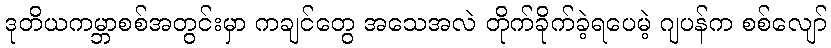
ဒုတိယကမ္ဘာစစ်အတွင်းမှာ ကချင်တွေ အသေအလဲ တိုက်ခိုက်ခဲ့ရပေမဲ့ ဂျပန်က စစ်လျော်